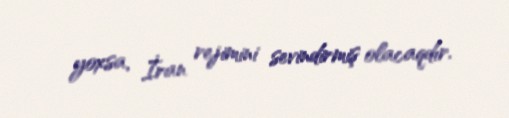
yoxsa, İran rejimini sevindirmiş olacaqdır.